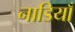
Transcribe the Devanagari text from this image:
नाडियाँ